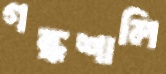
গন্ধশালি